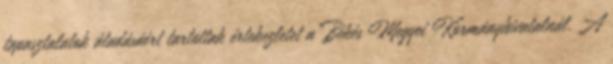
tapasztalatok átadásáért tartottak értekezletet a Békés Megyei Kormányhivatalnál. A